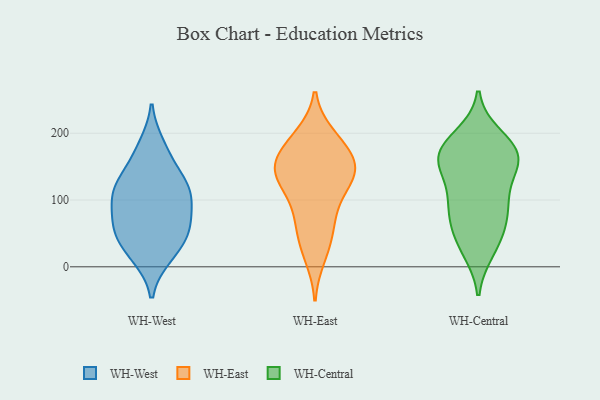
{"axis": {"x": "Production Output", "y": "Value"}, "legend": ["WH-Central", "WH-East", "WH-West"], "data": [{"x": "", "y": 70, "type": "WH-West"}, {"x": "", "y": 181, "type": "WH-West"}, {"x": "", "y": 168, "type": "WH-West"}, {"x": "", "y": 56, "type": "WH-West"}, {"x": "", "y": 126, "type": "WH-West"}, {"x": "", "y": 54, "type": "WH-West"}, {"x": "", "y": 129, "type": "WH-West"}, {"x": "", "y": 18, "type": "WH-West"}, {"x": "", "y": 62, "type": "WH-West"}, {"x": "", "y": 107, "type": "WH-West"}, {"x": "", "y": 16, "type": "WH-West"}, {"x": "", "y": 105, "type": "WH-West"}, {"x": "", "y": 99, "type": "WH-West"}, {"x": "", "y": 41, "type": "WH-West"}, {"x": "", "y": 121, "type": "WH-West"}, {"x": "", "y": 195, "type": "WH-East"}, {"x": "", "y": 93, "type": "WH-East"}, {"x": "", "y": 142, "type": "WH-East"}, {"x": "", "y": 114, "type": "WH-East"}, {"x": "", "y": 61, "type": "WH-East"}, {"x": "", "y": 143, "type": "WH-East"}, {"x": "", "y": 182, "type": "WH-East"}, {"x": "", "y": 137, "type": "WH-East"}, {"x": "", "y": 166, "type": "WH-East"}, {"x": "", "y": 35, "type": "WH-East"}, {"x": "", "y": 68, "type": "WH-East"}, {"x": "", "y": 151, "type": "WH-East"}, {"x": "", "y": 190, "type": "WH-East"}, {"x": "", "y": 16, "type": "WH-East"}, {"x": "", "y": 135, "type": "WH-East"}, {"x": "", "y": 148, "type": "WH-East"}, {"x": "", "y": 50, "type": "WH-Central"}, {"x": "", "y": 83, "type": "WH-Central"}, {"x": "", "y": 183, "type": "WH-Central"}, {"x": "", "y": 25, "type": "WH-Central"}, {"x": "", "y": 195, "type": "WH-Central"}, {"x": "", "y": 144, "type": "WH-Central"}, {"x": "", "y": 176, "type": "WH-Central"}, {"x": "", "y": 155, "type": "WH-Central"}, {"x": "", "y": 97, "type": "WH-Central"}, {"x": "", "y": 62, "type": "WH-Central"}, {"x": "", "y": 156, "type": "WH-Central"}, {"x": "", "y": 151, "type": "WH-Central"}, {"x": "", "y": 172, "type": "WH-Central"}, {"x": "", "y": 31, "type": "WH-Central"}, {"x": "", "y": 100, "type": "WH-Central"}, {"x": "", "y": 170, "type": "WH-Central"}, {"x": "", "y": 93, "type": "WH-Central"}]}